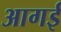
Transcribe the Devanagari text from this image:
आगई